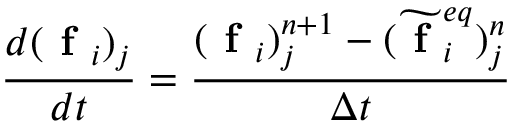
\frac { d ( \textbf { f } _ { i } ) _ { j } } { d t } = \frac { ( \textbf { f } _ { i } ) _ { j } ^ { n + 1 } - ( \widetilde { \textbf { f } } _ { i } ^ { e q } ) _ { j } ^ { n } } { \Delta t }